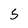
Character: 5